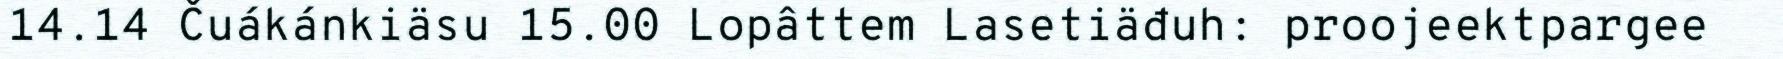
14.14 Čuákánkiäsu 15.00 Lopâttem Lasetiäđuh: proojeektpargee